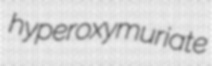
hyperoxymuriate